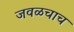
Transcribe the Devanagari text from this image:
जवळचाच